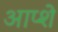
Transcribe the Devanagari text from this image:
आप्शे